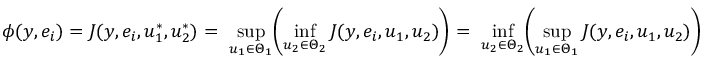
\phi ( y , e _ { i } ) = J ( y , e _ { i } , u _ { 1 } ^ { * } , u _ { 2 } ^ { * } ) = \ \operatorname* { s u p } _ { u _ { 1 } \in \Theta _ { 1 } } \biggl ( \operatorname* { i n f } _ { u _ { 2 } \in \Theta _ { 2 } } J ( y , e _ { i } , u _ { 1 } , u _ { 2 } ) \biggr ) = \ \operatorname* { i n f } _ { u _ { 2 } \in \Theta _ { 2 } } \biggl ( \operatorname* { s u p } _ { u _ { 1 } \in \Theta _ { 1 } } J ( y , e _ { i } , u _ { 1 } , u _ { 2 } ) \biggr )